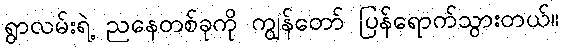
ရွာလမ်းရဲ့ ညနေတစ်ခုကို ကျွန်တော် ပြန်ရောက်သွားတယ်။